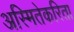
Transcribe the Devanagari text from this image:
अस्मितेकरिता